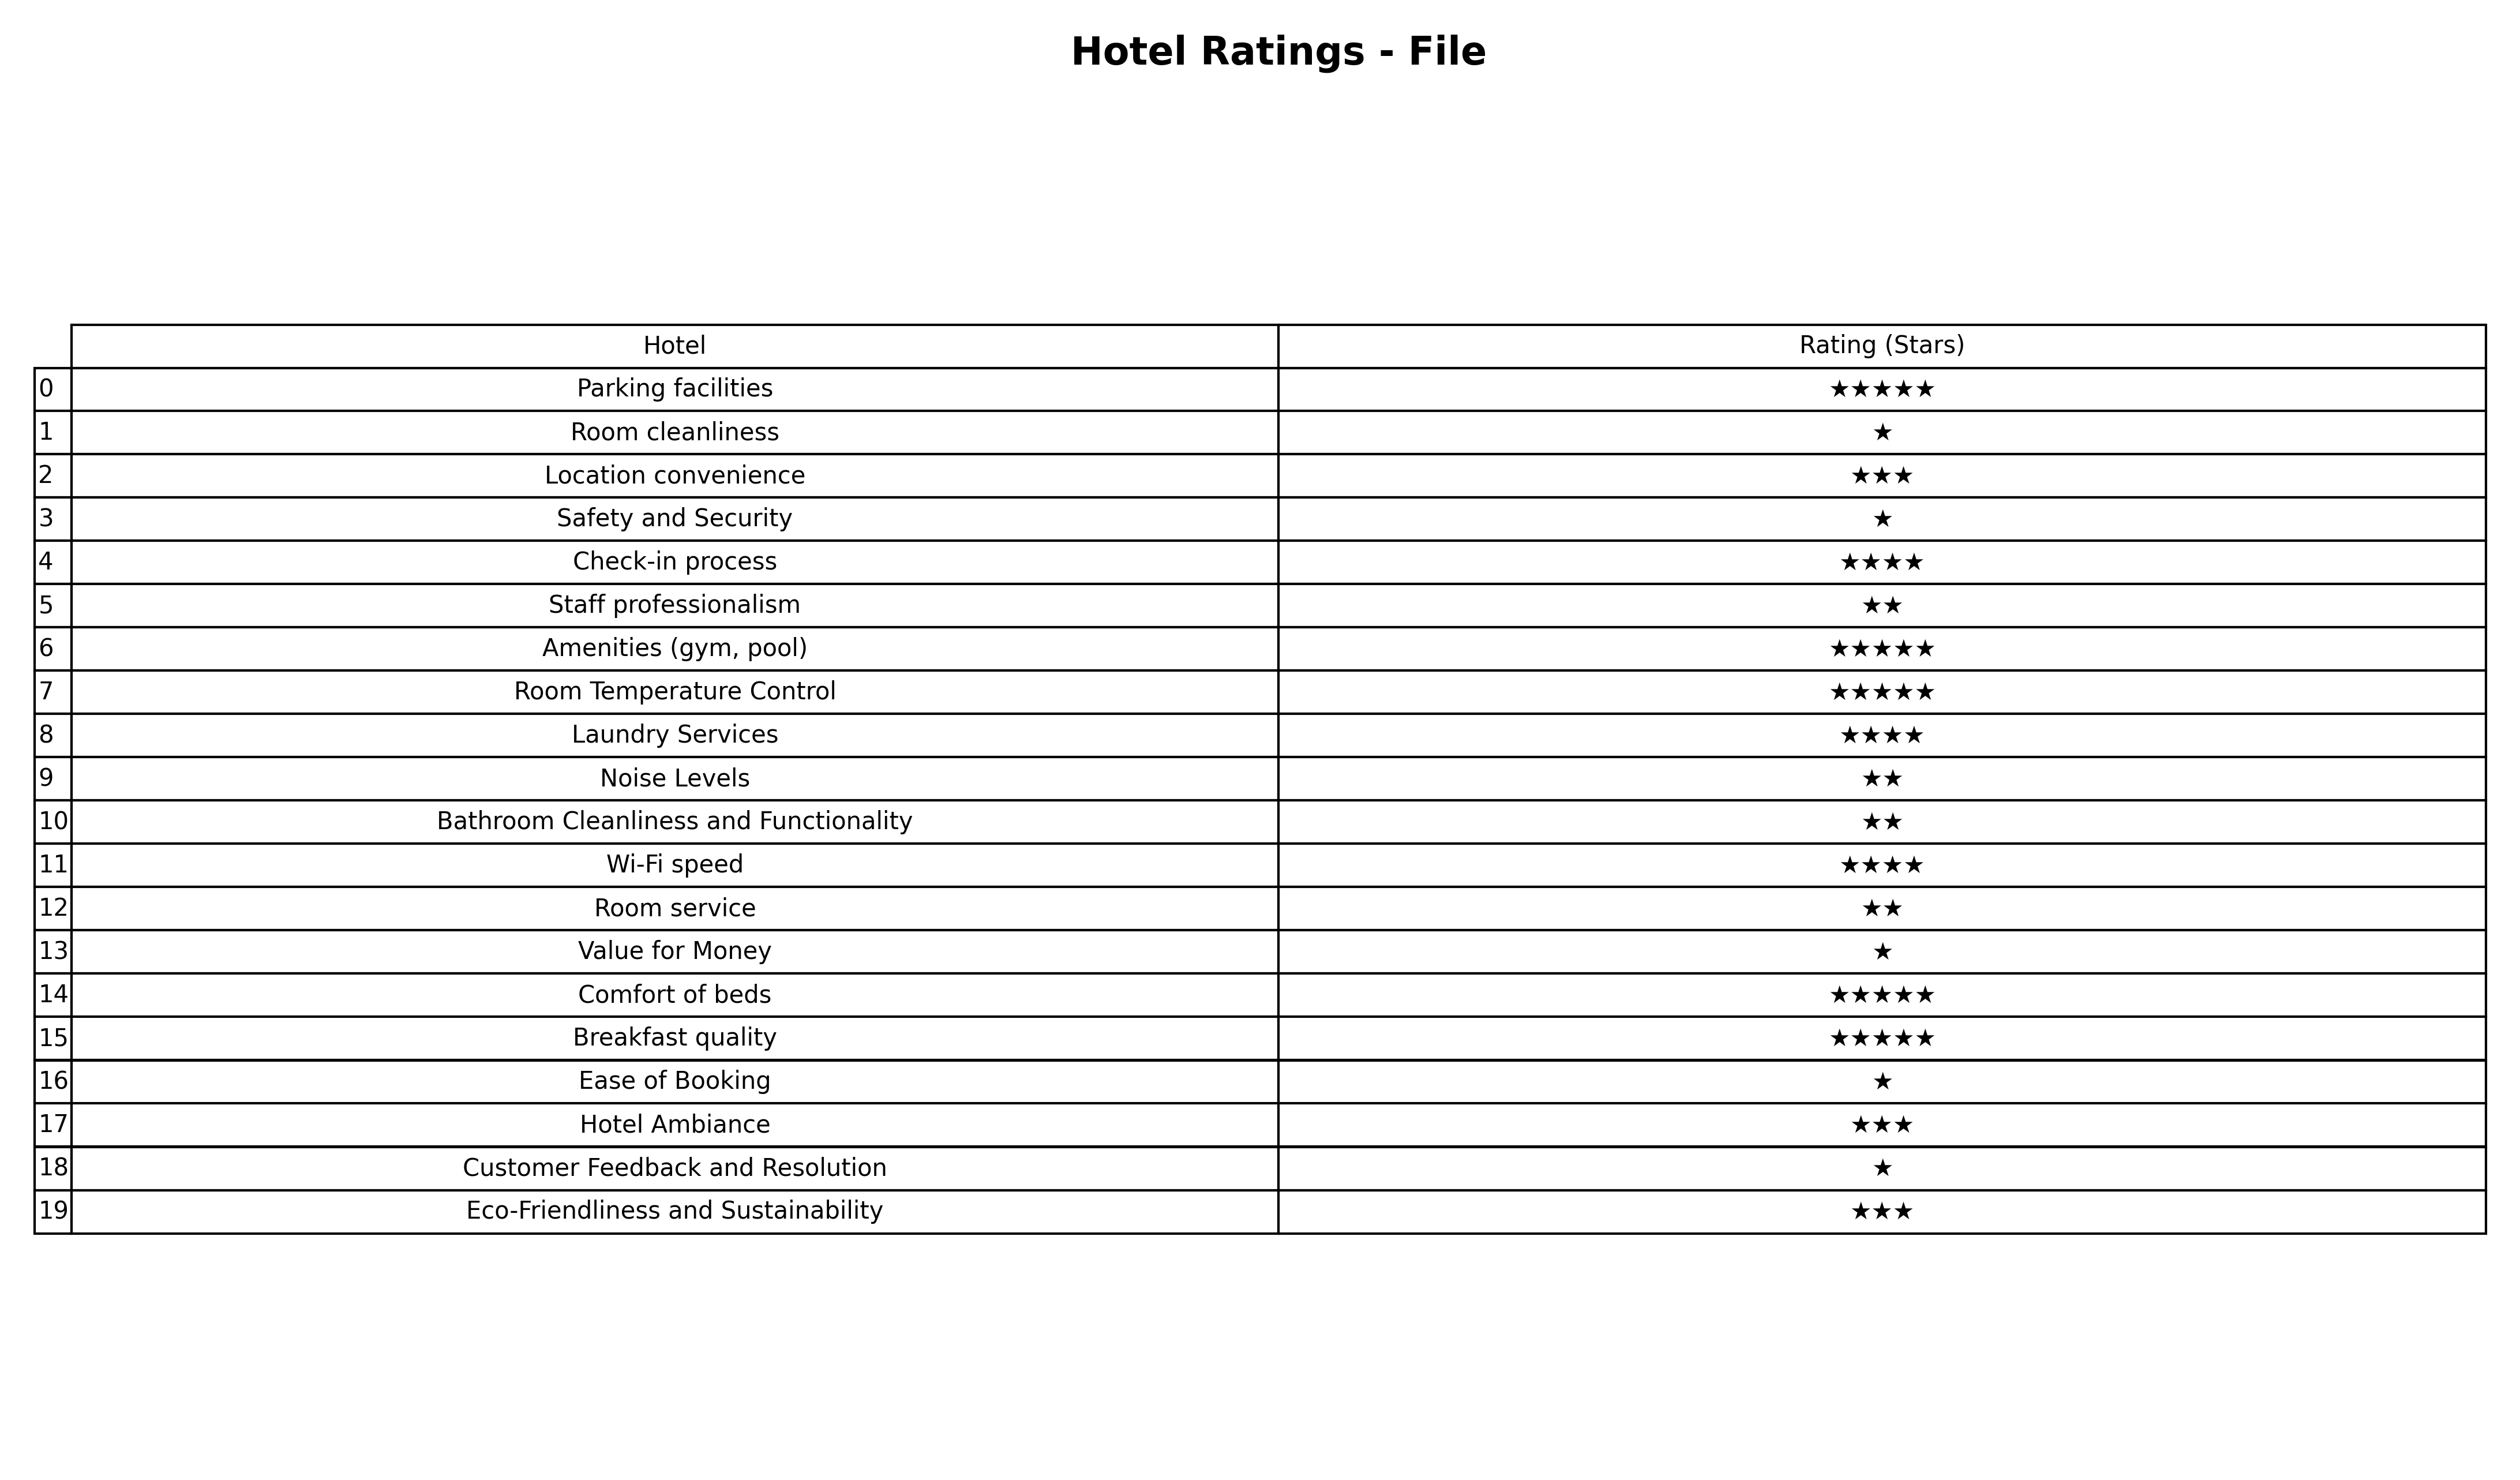
question: What is the rating of Breakfast quality?
answer: ★★★★★